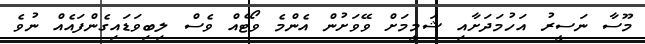
މޫސާ ނަސީރު އަހުމަދަށާއި ޝަމީމަށް ވޭވަށުން އެންމެ ވޯޓެއް ވެސް ލިބިވަޑައިގެންފައެއް ނުވެ